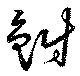
鮒